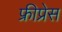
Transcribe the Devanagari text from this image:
फ्रीप्रेस